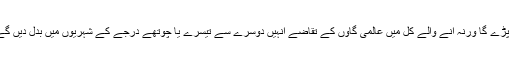
اس لیے اب مسلمانوں کو اپنی سیاسی او ر سماجی رونمائی پر بھی کام کرنا پڑے گا ورنہ آنے والے کل میں عالمی گاوں کے تقاضے انہیں دوسرے سے تیسرے یا چوتھے درجے کے شہریوں میں بدل دیں گے اور وہ صرف اپنی مظلومیت کا پلے کارڈ لیے کہیں کھڑے رہ جائیں گے۔